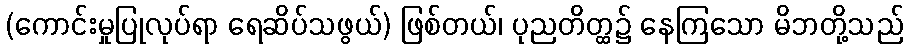
(ကောင်းမှုပြုလုပ်ရာ ရေဆိပ်သဖွယ်) ဖြစ်တယ်၊ ပုညတိတ္ထ၌ နေကြသော မိဘတို့သည်